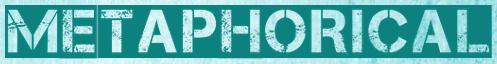
metaphorical